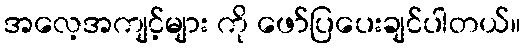
အလေ့အကျင့်များ ကို ဖော်ပြပေးချင်ပါတယ်။